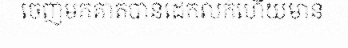
ចេញមកគាត់បានដេកលក់ហើយមាន